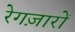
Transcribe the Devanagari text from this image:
रेगज़ारों